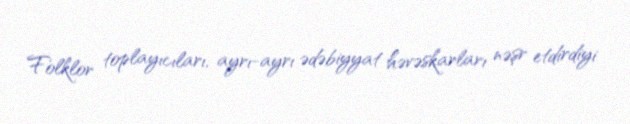
Folklor toplayıcıları, ayrı-ayrı ədəbiyyat həvəskarları nəşr etdirdiyi